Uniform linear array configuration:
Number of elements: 48
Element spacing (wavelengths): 0.25
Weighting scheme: exponential
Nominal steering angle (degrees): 0
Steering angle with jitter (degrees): -1.761
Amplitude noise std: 0.05
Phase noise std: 0.05

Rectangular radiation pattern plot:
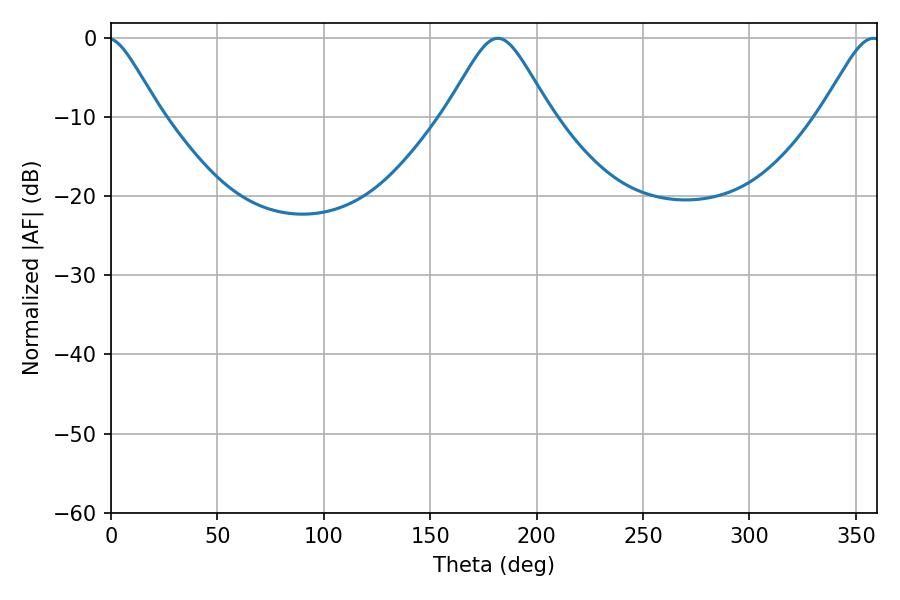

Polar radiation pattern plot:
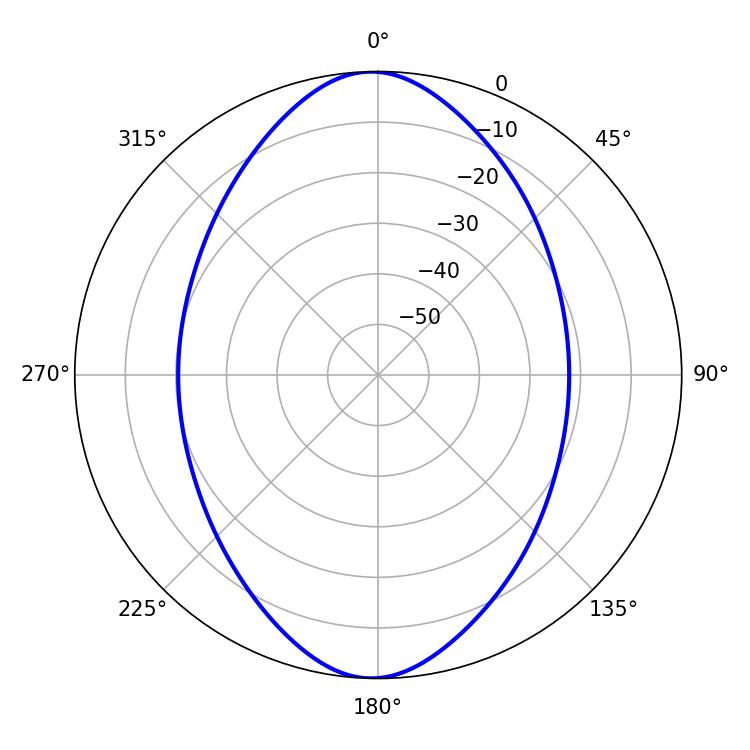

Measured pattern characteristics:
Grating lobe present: FALSE
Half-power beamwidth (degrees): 23.76
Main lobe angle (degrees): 181.8